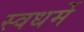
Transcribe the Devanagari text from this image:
स्वधर्मे